Annual vaccination report of Bihar and Orissa - 1911-1928
Year: 1911
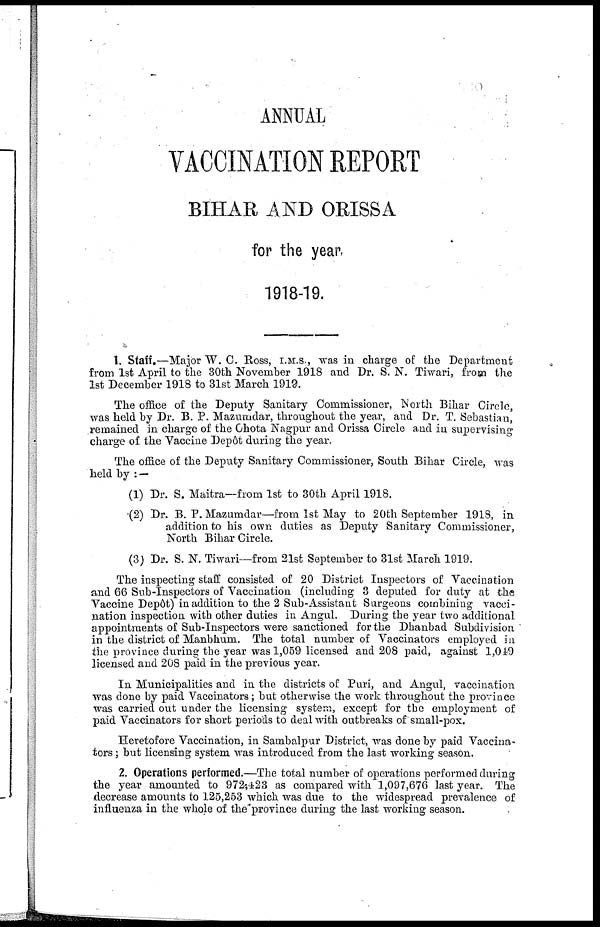
ANNUAL
VACCINATION REPORT
BIHAR AND ORISSA
for the year
1918-19.
1. Staff.—Major W. C. Ross, I.M.S., was in charge of the Department
from 1st April to the 30th November 1918 and Dr. S. N. Tiwari, from the
1st December 1918 to 31st March 1919.
The office of the Deputy Sanitary Commissioner, North Bihar Circle,
was held by Dr. B. P. Mazumdar, throughout the year, and Dr. T. Sebastian,
remained in charge of the Chota Nagpur and Orissa Circle and in supervising
charge of the Vaccine Depôt during the year.
The office of the Deputy Sanitary Commissioner, South Bihar Circle, was
held by : —
(1) Dr. S. Maitra—from 1st to 30th April 1918.
(2) Dr. B. P. Mazumdar—from 1st May to 20th September 1918, in
addition to his own duties as Deputy Sanitary Commissioner,
North Bihar Circle.
(3) Dr. S. N. Tiwari—from 21st September to 31st March 1919.
The inspecting staff consisted of 20 District Inspectors of Vaccination
and 66 Sub-Inspectors of Vaccination (including 3 deputed for duty at the
Vaccine Depôt) in addition to the 2 Sub-Assistant Surgeons combining vacci-
nation inspection with other duties in Angul. During the year two additional
appointments of Sub-Inspectors were sanctioned for the Dhanbad Subdivision
in the district of Manbhum. The total number of Vaccinators employed in
the province during the year was 1,059 licensed and 208 paid, against 1,049
licensed and 208 paid in the previous year.
In Municipalities and in the districts of Puri, and Angul, vaccination
was done by paid Vaccinators; but otherwise the work throughout the province
was carried out under the licensing system, except for the employment of
paid Vaccinators for short periods to deal with outbreaks of small-pox.
Heretofore Vaccination, in Sambalpur District, was done by paid Vaccina-
tors ; but licensing system was introduced from the last working season.
2. Operations performed.—The total number of operations performed during
the year amounted to 972,423 as compared with 1,097,676 last year. The
decrease amounts to 125,253 which was due to the widespread prevalence of
influenza in the whole of the province during the last working season.